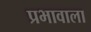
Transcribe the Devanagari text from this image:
प्रभावाला